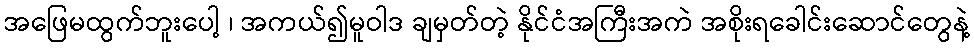
အဖြေမထွက်ဘူးပေါ့ ၊ အကယ်၍မူဝါဒ ချမှတ်တဲ့ နိုင်ငံအကြီးအကဲ အစိုးရခေါင်းဆောင်တွေနဲ့